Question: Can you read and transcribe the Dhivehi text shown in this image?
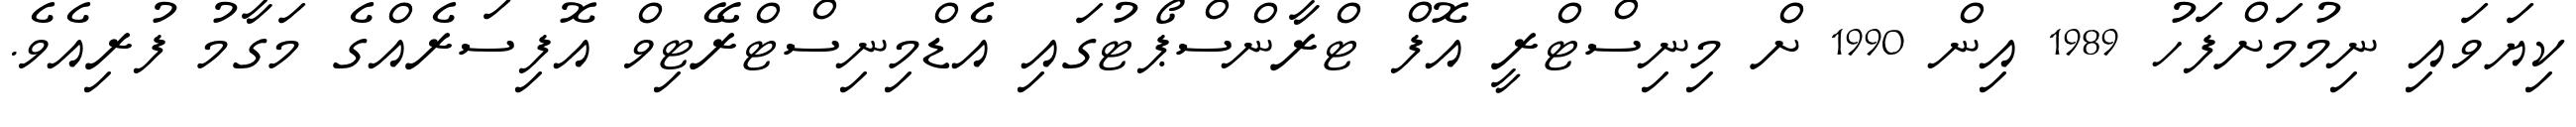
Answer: ކިޔަވައި ނިމުމަށްފަހު 1989 އިން 1990 ށް މިނިސްޓްރީ އޮފް ޓްރާންސްޕޯޓުގައި އެޑްމިނިސްޓްރޭޓިވް އޮފިސަރެއްގެ މަގާމު ފުރިއެވެ.